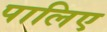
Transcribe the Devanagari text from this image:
पालिए